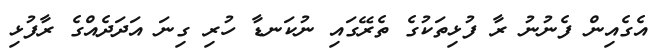
އެގެއިން ފެނުނު ރާ ފުޅިތަކުގެ ތެރޭގައި ނުކަނޑާ ހުރި ގިނަ އަދަދެއްގެ ރާފުޅި